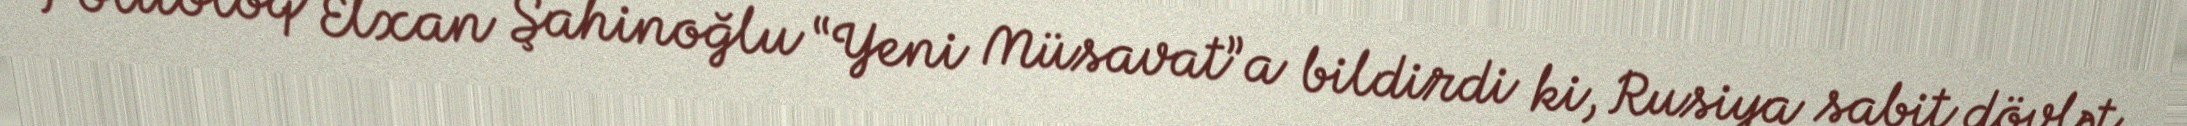
Politoloq Elxan Şahinoğlu “Yeni Müsavat”a bildirdi ki, Rusiya sabit dövlət